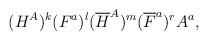
LaTeX: \begin{align*}(H^A)^k(F^a)^l ({\overline H}^A)^m({\overline F}^a)^rA^a,\end{align*}